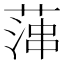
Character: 𦶶